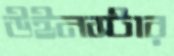
উইনস্টার